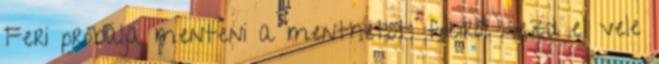
Feri próbálja menteni a menthetőt: fociról kezd el vele